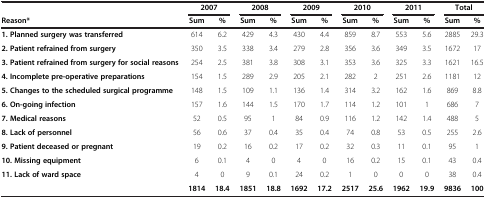
<table><thead><tr><td><b> </b></td><td colspan="2"><b>2007</b></td><td colspan="2"><b>2008</b></td><td colspan="2"><b>2009</b></td><td colspan="2"><b>2010</b></td><td colspan="2"><b>2011</b></td><td colspan="2"><b>Total</b></td></tr><tr><td><b>Reason*</b></td><td><b>Sum</b></td><td><b>%</b></td><td><b>Sum</b></td><td><b>%</b></td><td><b>Sum</b></td><td><b>%</b></td><td><b>Sum</b></td><td><b>%</b></td><td><b>Sum</b></td><td><b>%</b></td><td><b>Sum</b></td><td><b>%</b></td></tr></thead><tbody><tr><td><b>1. Planned surgery was transferred</b></td><td>614</td><td>6.2</td><td>429</td><td>4.3</td><td>430</td><td>4.4</td><td>859</td><td>8.7</td><td>553</td><td>5.6</td><td>2885</td><td>29.3</td></tr><tr><td><b>2. Patient refrained from surgery</b></td><td>350</td><td>3.5</td><td>338</td><td>3.4</td><td>279</td><td>2.8</td><td>356</td><td>3.6</td><td>349</td><td>3.5</td><td>1672</td><td>17</td></tr><tr><td><b>3. Patient refrained from surgery for social reasons</b></td><td>254</td><td>2.5</td><td>381</td><td>3.8</td><td>308</td><td>3.1</td><td>353</td><td>3.6</td><td>325</td><td>3.3</td><td>1621</td><td>16.5</td></tr><tr><td><b>4. Incomplete pre-operative preparations</b></td><td>154</td><td>1.5</td><td>289</td><td>2.9</td><td>205</td><td>2.1</td><td>282</td><td>2</td><td>251</td><td>2.6</td><td>1181</td><td>12</td></tr><tr><td><b>5. Changes to the scheduled surgical programme</b></td><td>148</td><td>1.5</td><td>109</td><td>1.1</td><td>136</td><td>1.4</td><td>314</td><td>3.2</td><td>162</td><td>1.6</td><td>869</td><td>8.8</td></tr><tr><td><b>6. On-going infection</b></td><td>157</td><td>1.6</td><td>144</td><td>1.5</td><td>170</td><td>1.7</td><td>114</td><td>1.2</td><td>101</td><td>1</td><td>686</td><td>7</td></tr><tr><td><b>7. Medical reasons</b></td><td>52</td><td>0.5</td><td>95</td><td>1</td><td>84</td><td>0.9</td><td>116</td><td>1.2</td><td>142</td><td>1.4</td><td>488</td><td>5</td></tr><tr><td><b>8. Lack of personnel</b></td><td>56</td><td>0.6</td><td>37</td><td>0.4</td><td>35</td><td>0.4</td><td>74</td><td>0.8</td><td>53</td><td>0.5</td><td>255</td><td>2.6</td></tr><tr><td><b>9. Patient deceased or pregnant</b></td><td>19</td><td>0.2</td><td>16</td><td>0.2</td><td>17</td><td>0.2</td><td>32</td><td>0.3</td><td>11</td><td>0.1</td><td>95</td><td>1</td></tr><tr><td><b>10. Missing equipment</b></td><td>6</td><td>0.1</td><td>4</td><td>0</td><td>4</td><td>0</td><td>16</td><td>0.2</td><td>15</td><td>0.1</td><td>43</td><td>0.4</td></tr><tr><td><b>11. Lack of ward space</b></td><td>4</td><td>0</td><td>9</td><td>0.1</td><td>24</td><td>0.2</td><td>1</td><td>0</td><td>0</td><td>0</td><td>38</td><td>0.4</td></tr><tr><td> </td><td><b>1814</b></td><td><b>18.4</b></td><td><b>1851</b></td><td><b>18.8</b></td><td><b>1692</b></td><td><b>17.2</b></td><td><b>2517</b></td><td><b>25.6</b></td><td><b>1962</b></td><td><b>19.9</b></td><td><b>9836</b></td><td><b>100</b></td></tr></tbody></table>